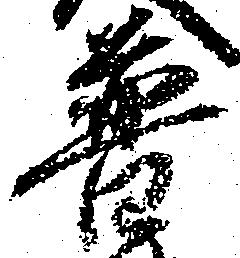
普